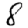
Digit: 8